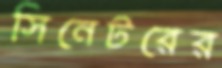
সিনেটরের